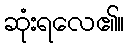
ဆုံးရလေ၏။